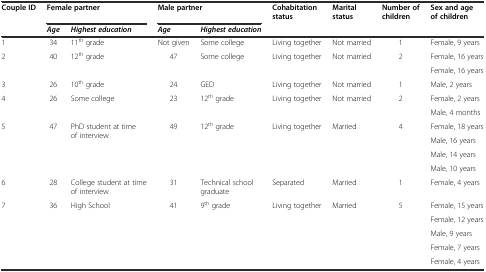
| Couple ID | <COLSPAN=2> Female partner | <COLSPAN=2> Male partner | Cohabitation status | Marital status | Number of children | Sex and age of children |
 |  | Age | Highest education | Age | Highest education |  |  |  |  |
 | --- | --- | --- | --- | --- | --- | --- | --- | --- |
 | 1 | 34 | 11th grade | Not given | Some college | Living together | Not married | 1 | Female, 9 years |
 | 2 | 40 | 12th grade | 47 | Some college | Living together | Not married | 2 | Female, 16 years |
 | <COLSPAN=8>  | Female, 16 years |
 | 3 | 26 | 10th grade | 24 | GED | Living together | Not married | 1 | Male, 2 years |
 | 4 | 26 | Some college | 23 | 12th grade | Living together | Not married | 2 | Female, 2 years |
 | <COLSPAN=8>  | Male, 4 months |
 | 5 | 47 | PhD student at time of interview | 49 | 12th grade | Living together | Married | 4 | Female, 18 years |
 | <COLSPAN=8>  | Male, 16 years |
 | <COLSPAN=8>  | Male, 14 years |
 | <COLSPAN=8>  | Male, 10 years |
 | 6 | 28 | College student at time of interview | 31 | Technical school graduate | Separated | Married | 1 | Female, 4 years |
 | 7 | 36 | High School | 41 | 9th grade | Living together | Married | 5 | Female, 15 years |
 | <COLSPAN=8>  | Female, 12 years |
 | <COLSPAN=8>  | Male, 9 years |
 | <COLSPAN=8>  | Female, 7 years |
 | <COLSPAN=8>  | Female, 4 years |